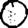
Digit: 0